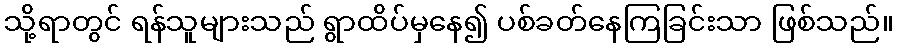
သို့ရာတွင် ရန်သူများသည် ရွာထိပ်မှနေ၍ ပစ်ခတ်နေကြခြင်းသာ ဖြစ်သည်။